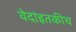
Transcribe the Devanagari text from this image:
वेदांइतकीच